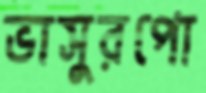
ভাসুরপো